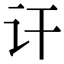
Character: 讦